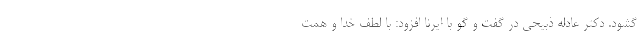
گشود. دکتر عادله ذبیحی در گفت و گو با ایرنا افزود: با لطف خدا و همت